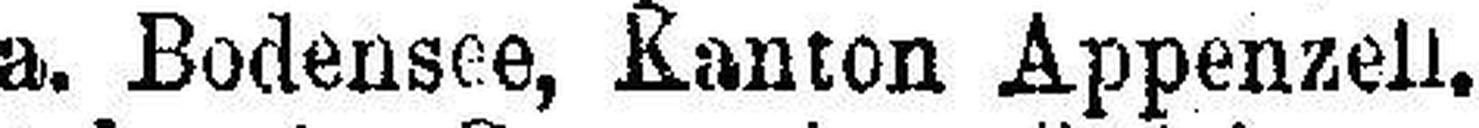
a. Bodensee, Kanton Appenzell.